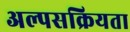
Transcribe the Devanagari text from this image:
अल्पसक्रियता